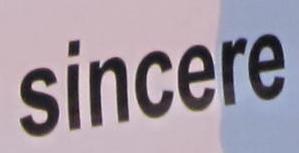
sincere